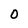
Character: 0